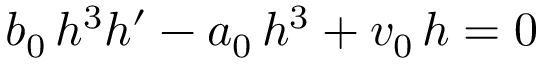
b _ { 0 } \, h ^ { 3 } h ^ { \prime } - a _ { 0 } \, h ^ { 3 } + v _ { 0 } \, h = 0